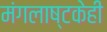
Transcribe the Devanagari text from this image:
मंगलाष्टकेही